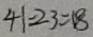
4 1 = 2 3 = 1 8